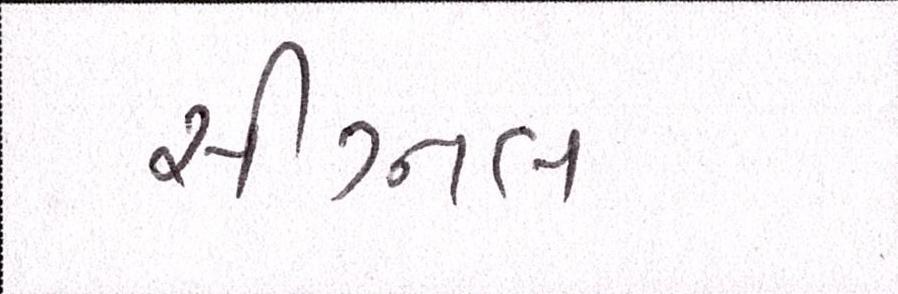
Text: સીગ્નલ